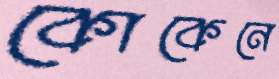
কোকেনে